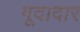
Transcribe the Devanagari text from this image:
गूदादार